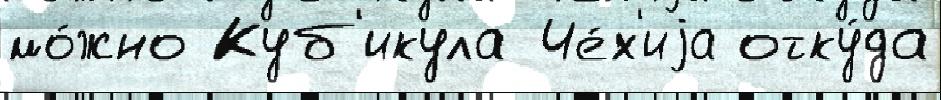
мо́жно Куб'икула Че́х'иjа отку́да